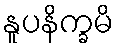
နူပနိက္ခမိ